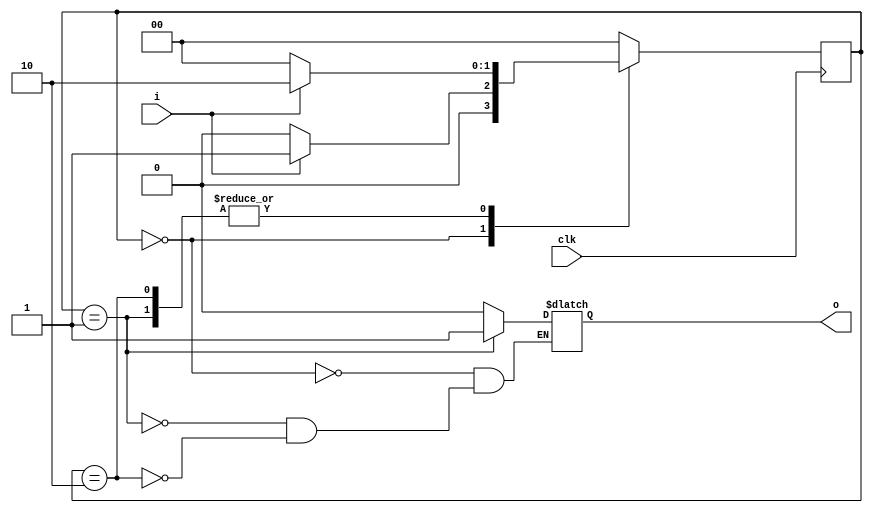
module spulse(
        output o,
        input i,
        input clk
    );
    
    reg [1:0] state;
    reg [1:0] n_state;
    reg o;
    initial 
        n_state = 0;
    always @(posedge clk) begin
        state = n_state;
    end
    
    always @(state or i) begin
        case(state) 
            2'b00: begin
                o = 0; 
                if (i == 1) 
                    n_state = 2'b01;
                 else            
                    n_state = 2'b00;
                 
            end    
            2'b01: begin
                o = 1;
                if (i == 1)
                    n_state = 2'b10;
                else
                    n_state = 2'b00;
            end
            2'b10: begin
                o = 0;
                if (i == 1)
                    n_state = 2'b10;
                else
                    n_state = 2'b00;
                end
            default:
                n_state = 2'b00;
        endcase
    end
endmodule